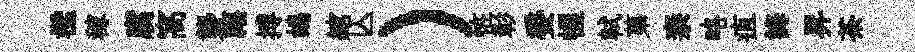
檻稼腐窩礱禧搏鴣綰亾）恠彰委幄軾苐柰略疽誨昇茶